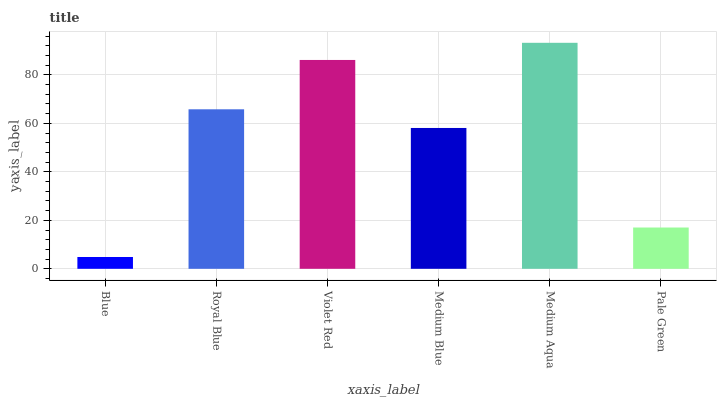
| xaxis_label | bars |
 | --- | --- |
 | Blue | 4.87 |
 | Royal Blue | 65.8 |
 | Violet Red | 86.1 |
 | Medium Blue | 58.1 |
 | Medium Aqua | 93.2 |
 | Pale Green | 17 |